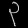
Digit: ၃